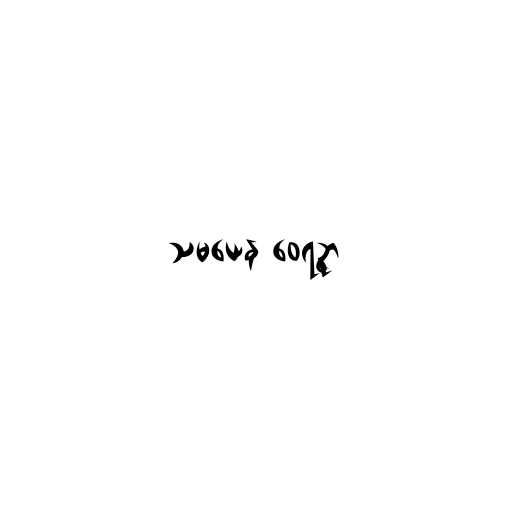
သမယေန ဝေရဉ္ဇာ